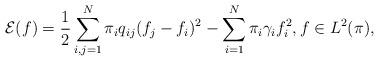
LaTeX: \begin{align*}\mathcal{E}(f)=\frac 12\sum_{i,j=1}^N\pi_iq_{ij}(f_j-f_i)^2-\sum_{i=1}^N\pi_i\gamma_if_i^2,f\in L^2(\pi),\end{align*}